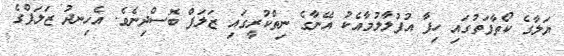
ޔަލާގެ ކޯތާފަތުގައި ހިފާ އުފުލާލުމާއެކު އޭނާގެ ނިތްކުރީގައި ޒަލަފް ބޮސްދިނެވެ. އެހިނދު ޒަލަފްގެ